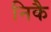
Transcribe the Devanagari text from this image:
निकै